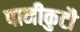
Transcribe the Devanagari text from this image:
पानीकुटौ